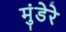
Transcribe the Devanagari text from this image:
मुंडेरे